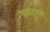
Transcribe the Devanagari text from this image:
चारुद्रुश्यम्